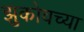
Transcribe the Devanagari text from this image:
झुकोवच्या